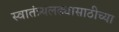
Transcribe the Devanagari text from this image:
स्वातंत्र्यलढ्यासाठीच्या